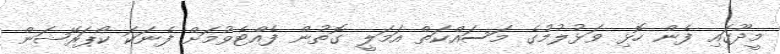
މީދޫގައި ފެން ހޮޅި ވަޅުލުމުގެ މަސައްކަތް އަމަލީ ގޮތުން ފެއްޓެވުމަށް ފެނަކަ ކޯޕަރޭޝަން